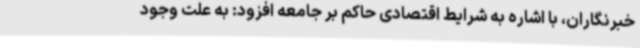
خبرنگاران، با اشاره به شرایط اقتصادی حاکم بر جامعه افزود: به علت وجود